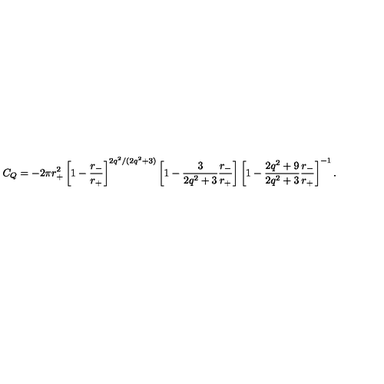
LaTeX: C _ { Q } = - 2 \pi r _ { + } ^ { 2 } \left[ 1 - \frac { r _ { - } } { r _ { + } } \right] ^ { 2 q ^ { 2 } / ( 2 q ^ { 2 } + 3 ) } \left[ 1 - \frac { 3 } { 2 q ^ { 2 } + 3 } \frac { r _ { - } } { r _ { + } } \right] \left[ 1 - \frac { 2 q ^ { 2 } + 9 } { 2 q ^ { 2 } + 3 } \frac { r _ { - } } { r _ { + } } \right] ^ { - 1 } .